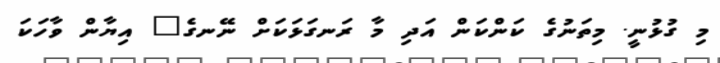
މި ގުޅުނީ. މިތަނުގެ ކަންކަން އަދި މާ ރަނގަޅަކަށް ނޭނގެ" އިޔާން ވާހަކަ